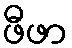
ဖီဖာ